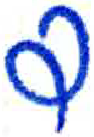
אות: ד